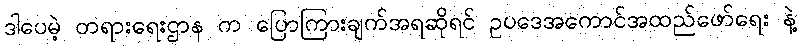
ဒါပေမဲ့ တရားရေးဌာန က ပြောကြားချက်အရဆိုရင် ဥပဒေအကောင်အထည်ဖော်ရေး နဲ့